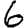
Digit: 6